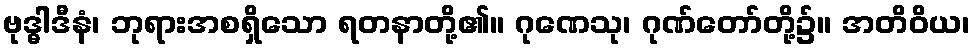
ဗုဒ္ဓါဒီနံ၊ ဘုရားအစရှိသော ရတနာတို့၏။ ဂုဏေသု၊ ဂုဏ်တော်တို့၌။ အတိဝိယ၊